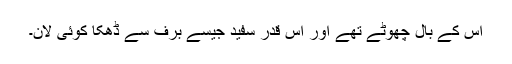
اس کے بال چھوٹے تھے اور اس قدر سفید جیسے برف سے ڈھکا کوئی لان۔